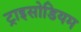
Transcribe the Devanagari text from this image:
ट्राइसोडियम